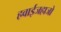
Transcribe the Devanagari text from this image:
हवाईजहाजो